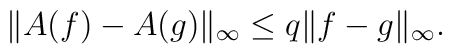
\Vert A(f)-A(g)\Vert _{\infty }\leq q\Vert f-g\Vert _{\infty }.